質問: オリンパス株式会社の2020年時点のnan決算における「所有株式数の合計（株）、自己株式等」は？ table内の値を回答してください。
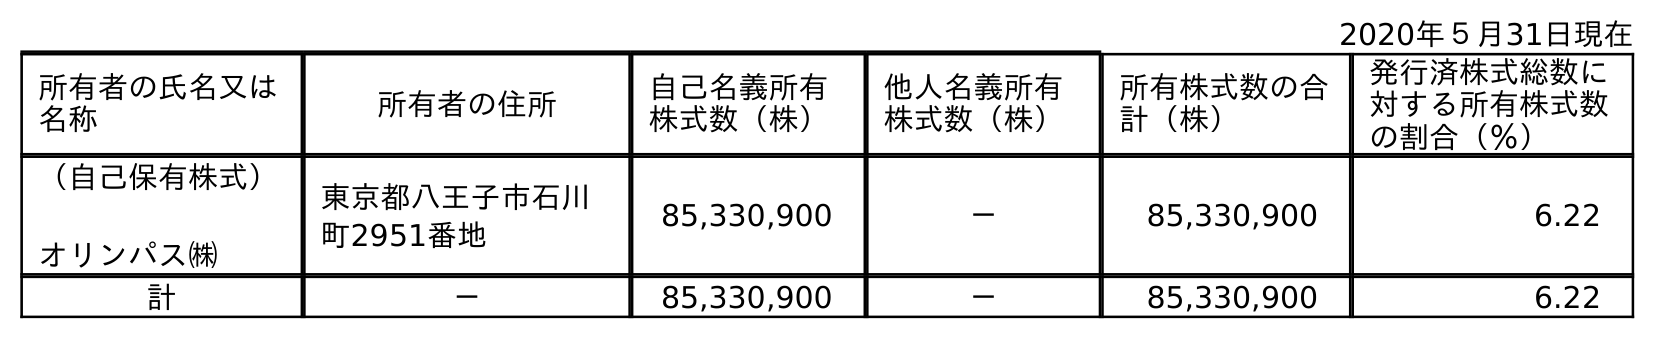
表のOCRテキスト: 2020年５月31日現在 所有者の氏名又は 名称 所有者の住所 自己名義所有 株式数（株） 他人名義所有 株式数（株） 所有株式数の合 計（株） 発行済株式総数に 対する所有株式数 の割合（％） （自己保有株式） オリンパス㈱ 東京都八王子市石川 町2951番地 85,330,900 － 85,330,900 6.22 計 － 85,330,900 － 85,330,900 6.22
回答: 85,330,900